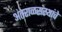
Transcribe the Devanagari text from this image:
अंतराळसंस्थांचे